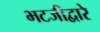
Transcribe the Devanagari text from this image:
भटजीद्वारे